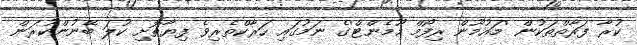
ކުރާ ފަރާތްތަކުން 'މައުމޫން ރިފޯމް މޫމެންޓް'ގެ ނަމުގައި ހަރާކްތެރިވެ ފިޔާތޮށި ކުލަ ބޭނުންކުރަން